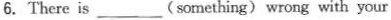
6.There is ___ (something) wrong with your